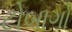
ટોબાગો